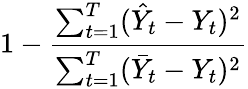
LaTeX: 1-\frac{\sum_{t=1}^{T}(\hat{Y}_{t}-Y_{t})^{2}}{\sum_{t=1}^{T}(\bar{Y}_{t}-Y_{t})^{2}}